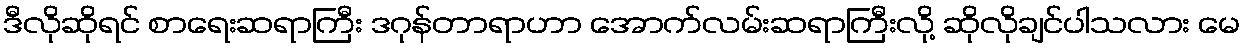
ဒီလိုဆိုရင် စာရေးဆရာကြီး ဒဂုန်တာရာဟာ အောက်လမ်းဆရာကြီးလို့ ဆိုလိုချင်ပါသလား မေ